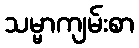
သမ္မာကျမ်းစာ